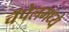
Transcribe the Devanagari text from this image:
चॅपेलमध्ये